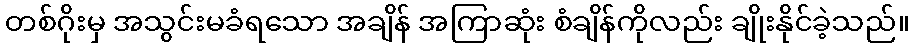
တစ်ဂိုးမှ အသွင်းမခံရသော အချိန် အကြာဆုံး စံချိန်ကိုလည်း ချိုးနိုင်ခဲ့သည်။